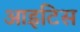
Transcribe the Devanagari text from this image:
आइटिस